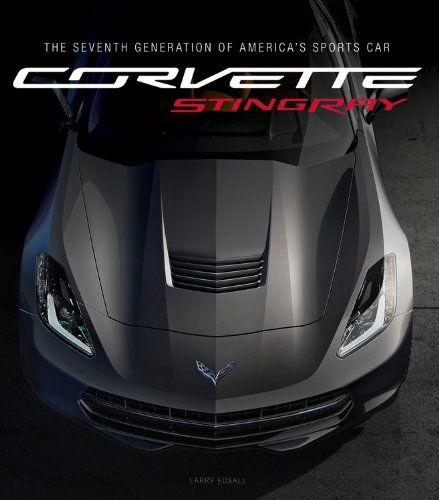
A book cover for Corvette Stingray: The Seventh Generation of America's Sports Car; Larry Edsall; Engineering & Transportation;